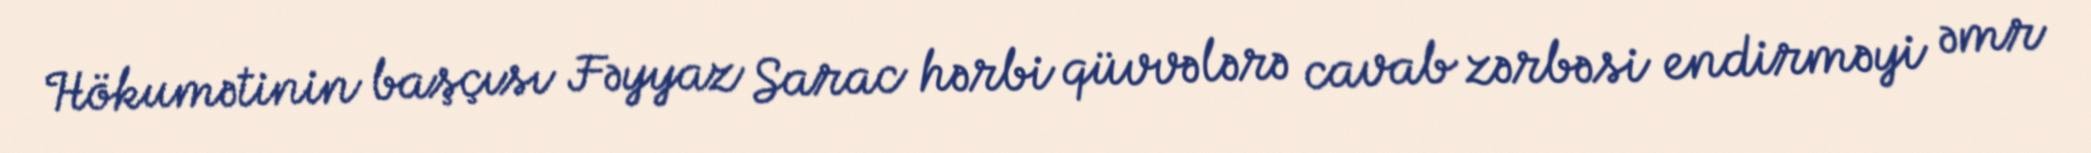
Hökumətinin başçısı Fəyyaz Sarac hərbi qüvvələrə cavab zərbəsi endirməyi əmr